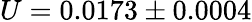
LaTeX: U=0.0173\pm 0.0004